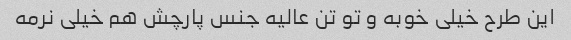
این طرح خیلی خوبه و تو تن عالیه جنس پارچش هم خیلی نرمه